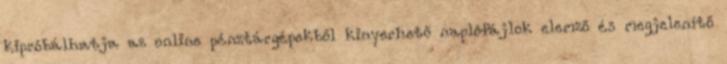
kipróbálhatja az online pénztárgépekből kinyerhető naplófájlok elemző és megjelenítő